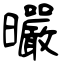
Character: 曮